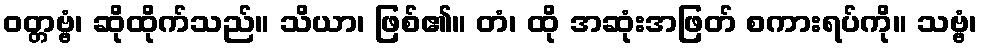
ဝတ္တဗ္ဗံ၊ ဆိုထိုက်သည်။ သိယာ၊ ဖြစ်၏။ တံ၊ ထို အဆုံးအဖြတ် စကားရပ်ကို။ သဗ္ဗံ၊